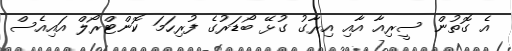
އެ ގޮތުން ސީރިއާ އާއި އިރާގު ގުޅޭ ބޯޑަރުގެ ފުރިހަމަ ކޮންޓްރޯލް އައިއެސް